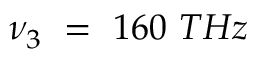
\nu _ { 3 } ~ = ~ 1 6 0 ~ T H z